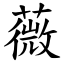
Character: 薇